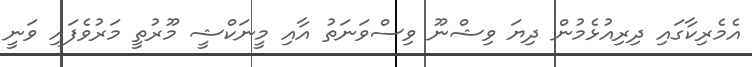
އެމެރިކާގައި ދިރިއުޅެމުން ދިޔަ ވިޝްނޫ ވިސްވަނަތު އާއި މީނަކްޝީ މޫރުތީ މަރުވެފައި ވަނީ